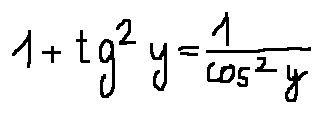
1 + \tan ^ { 2 } y = \frac { 1 } { \cos ^ { 2 } y }